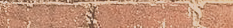
أجهزة منزلية صماء: أحدث ا